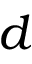
d